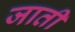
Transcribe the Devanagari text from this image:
जाती